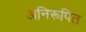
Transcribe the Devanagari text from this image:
अनिरूपित